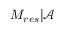
M _ { r e s } | \mathcal { A }